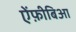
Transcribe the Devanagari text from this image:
ऐंफ़ीबिआ